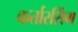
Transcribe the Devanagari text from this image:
कर्तारसिंग